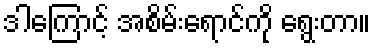
ဒါကြောင့် အစိမ်းရောင်ကို ရွေးတာ။